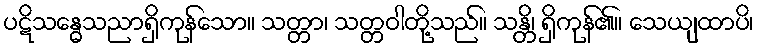
ပဋိသန္ဓေသညာရှိကုန်သော။ သတ္တာ၊ သတ္တဝါတို့သည်။ သန္တိ၊ ရှိကုန်၏။ သေယျထာပိ၊